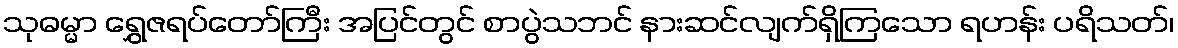
သုဓမ္မာ ရွှေဇရပ်တော်ကြီး အပြင်တွင် စာပွဲသဘင် နားဆင်လျက်ရှိကြသော ရဟန်း ပရိသတ်၊